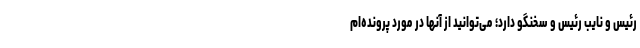
رئیس و نایب رئیس و سخنگو دارد؛ می‌توانید از آنها در مورد پرونده‌ام